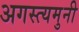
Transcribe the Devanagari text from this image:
अगस्त्यमुनी